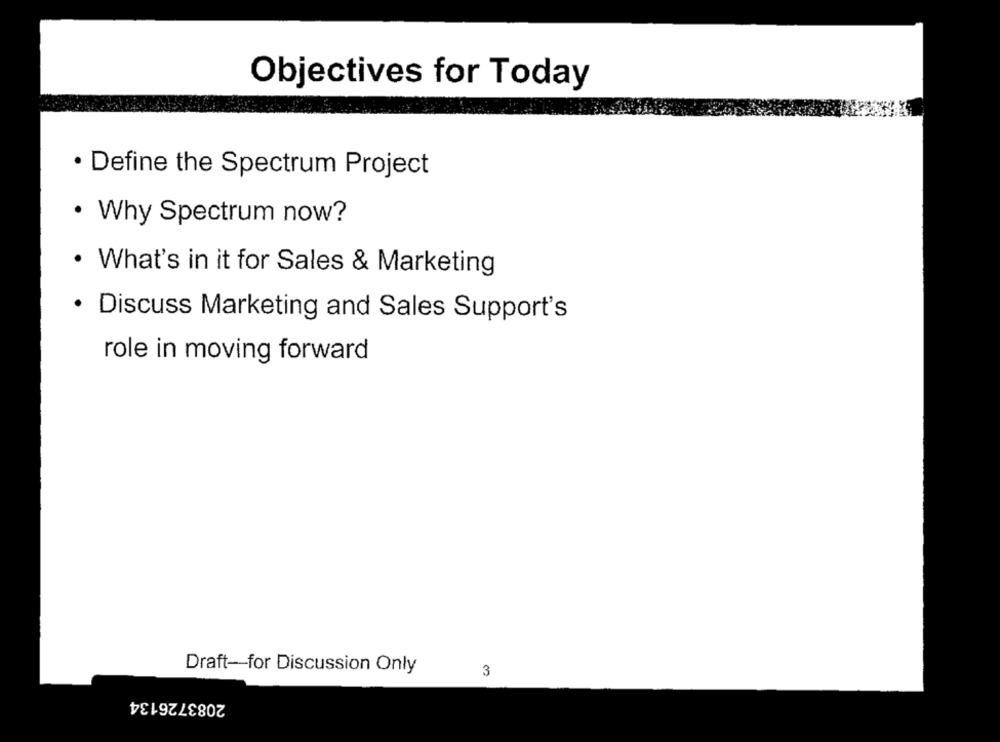
Objectives for Today
Define the Spectrum Project
· Why Spectrum now?
· What's in it for Sales & Marketing
· Discuss Marketing and Sales Support's
role in moving forward
Draft -- for Discussion Only
3
2083726134